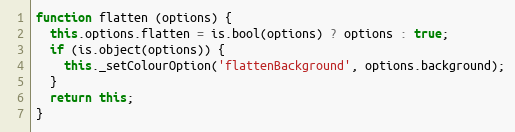
Language: JavaScript
function flatten (options) {
  this.options.flatten = is.bool(options) ? options : true;
  if (is.object(options)) {
    this._setColourOption('flattenBackground', options.background);
  }
  return this;
}